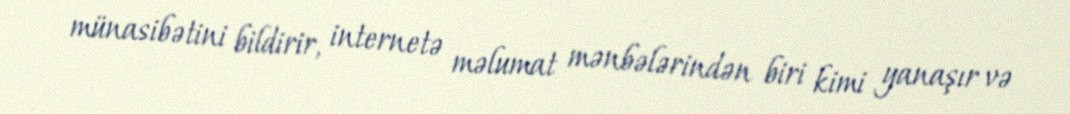
münasibətini bildirir, internetə məlumat mənbələrindən biri kimi yanaşır və